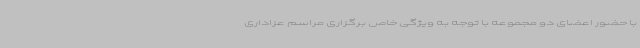
با حضور اعضای دو مجموعه با توجه به ویژگی خاص برگزاری مراسم عزاداری